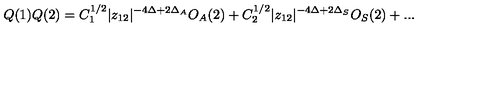
Q ( 1 ) Q ( 2 ) = C _ { 1 } ^ { 1 / 2 } | z _ { 1 2 } | ^ { - 4 \Delta + 2 \Delta _ { A } } O _ { A } ( 2 ) + C _ { 2 } ^ { 1 / 2 } | z _ { 1 2 } | ^ { - 4 \Delta + 2 \Delta _ { S } } O _ { S } ( 2 ) + . . .